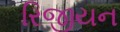
રિજીયન